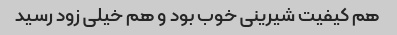
هم کیفیت شیرینی خوب بود و هم خیلی زود رسید